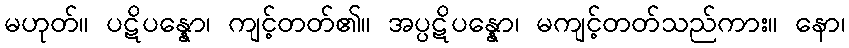
မဟုတ်။ ပဋိပန္နော၊ ကျင့်တတ်၏။ အပ္ပဋိပန္နော၊ မကျင့်တတ်သည်ကား။ နော၊